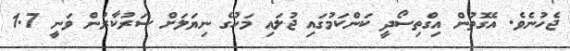
ޖެހުނެވެ. އެގޮތުން އިގްތިސޯދީ ކަންކަމުގައި ޖުލައި މަހުގެ ނިޔަލަށް ސަރުކާރުން ވަނީ 1.7